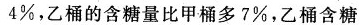
4%，乙桶的含糖量比甲桶多7%，乙桶含糖